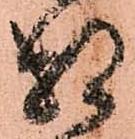
相